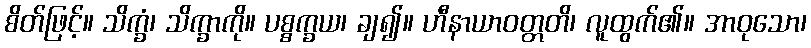
စိတ်ဖြင့်။ သိက္ခံ၊ သိက္ခာကို။ ပစ္စက္ခယ၊ ချ၍။ ဟီနာယာဝတ္တတိ၊ လူထွက်၏။ အာဝုသော၊